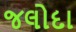
જલોદા